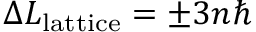
\Delta L _ { \mathrm { l a t t i c e } } = \pm 3 n \hbar